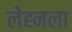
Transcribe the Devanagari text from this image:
लेह्नला